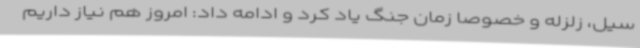
سیل، زلزله و خصوصا زمان جنگ یاد کرد و ادامه داد: امروز هم نیاز داریم